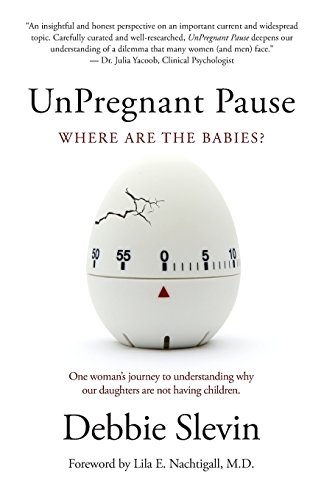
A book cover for UnPregnant Pause: Where Are the Babies?; Debbie Slevin; Politics & Social Sciences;